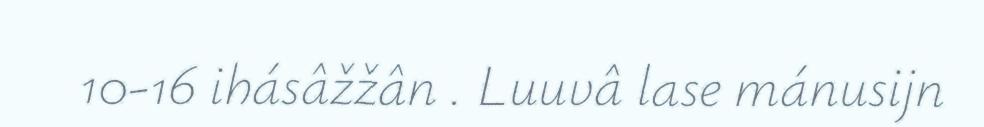
10-16 ihásâžžân . Luuvâ lase mánusijn